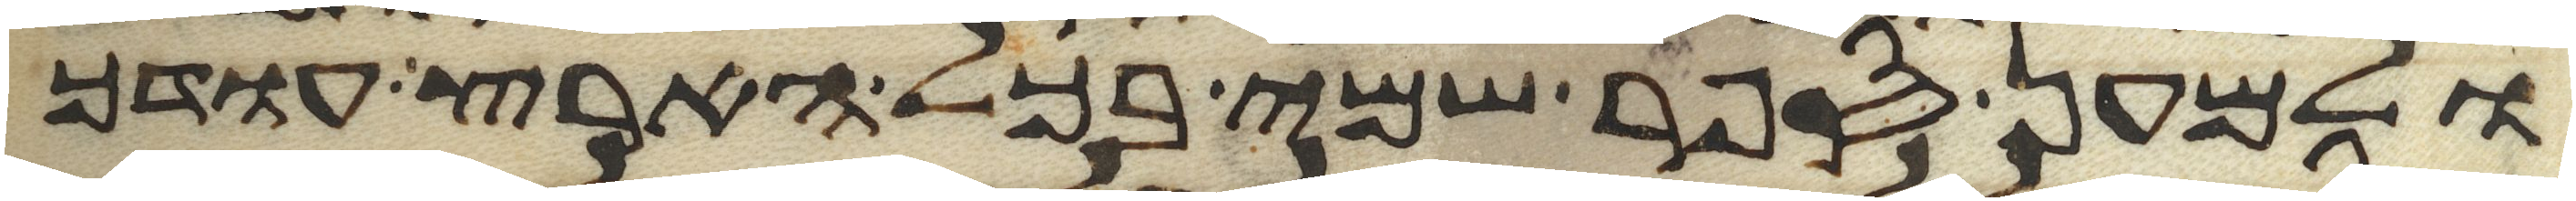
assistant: ולמען ספר שמי בכל הארץ עודך